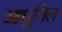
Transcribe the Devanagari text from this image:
आधूनिल